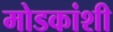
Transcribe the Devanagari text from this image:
मोडकांशी